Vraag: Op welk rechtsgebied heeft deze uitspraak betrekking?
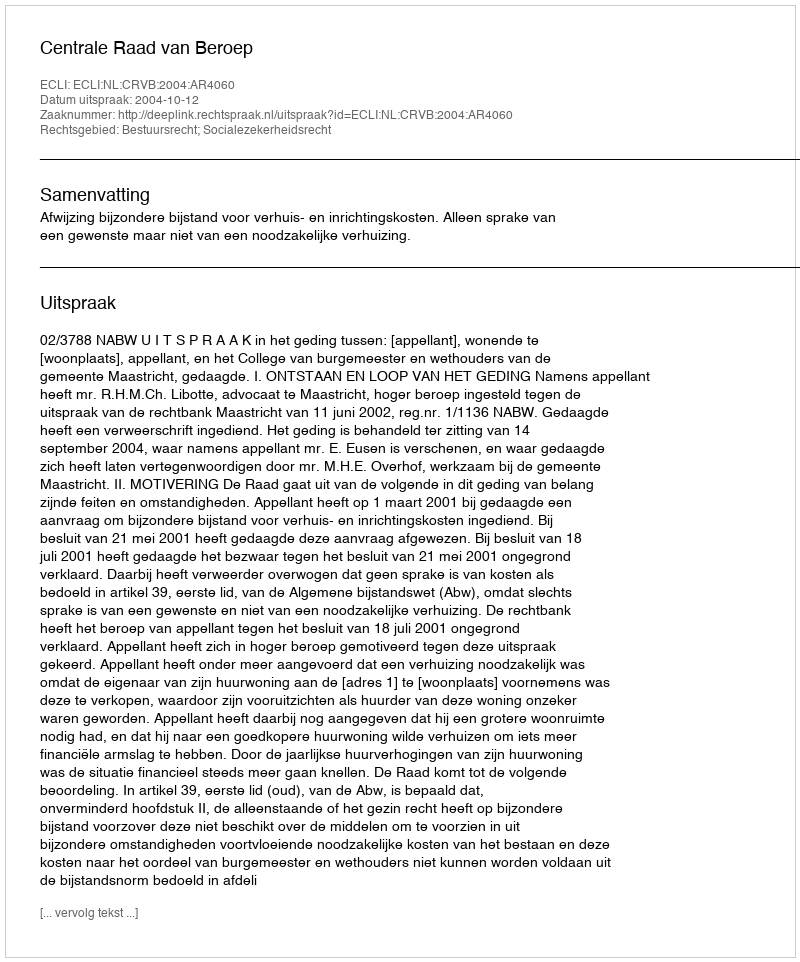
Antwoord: Bestuursrecht; Socialezekerheidsrecht